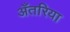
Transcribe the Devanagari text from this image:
अँतरिया